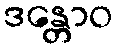
ဒန္တောဝ